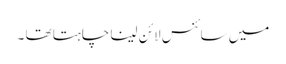
میں سائنس لائن لینا چاہتا تھا ۔